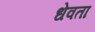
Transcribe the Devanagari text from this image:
धेवता